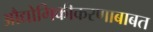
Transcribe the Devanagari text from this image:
औद्योगिकीकरणाबाबत